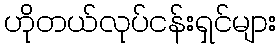
ဟိုတယ်လုပ်ငန်းရှင်များ